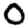
Digit: 0